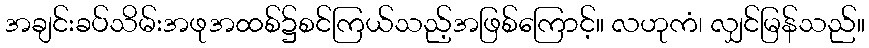
အချင်းခပ်သိမ်းအဖုအထစ်၌စင်ကြယ်သည့်အဖြစ်ကြောင့်။ လဟုကံ၊ လျှင်မြန်သည်။